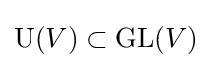
\operatorname {U} (V)\subset \operatorname {GL} (V)